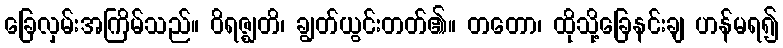
ခြေလှမ်းအကြိမ်သည်။ ဝိရဇ္ဈတိ၊ ချွတ်ယွင်းတတ်၏။ တတော၊ ထိုသို့ခြေနင်းချ ဟန်မရ၍